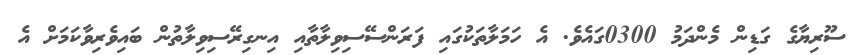
ސޫރިޔާގެ ގަޑިން މެންދަމު 0300ގައެވެ. އެ ހަމަލާތަކުގައި ފަރަންސޭސިވިލާތާއި އިނގިރޭސިވިލާތުން ބައިވެރިވާކަމަށް އެ